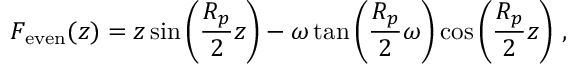
F _ { \mathrm { e v e n } } ( z ) = z \sin \left( \frac { R _ { p } } { 2 } z \right) - \omega \tan \left( \frac { R _ { p } } { 2 } \omega \right) \cos \left( \frac { R _ { p } } { 2 } z \right) \, ,